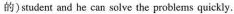
的)student and he can sclve the problems quickly.